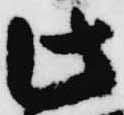
此